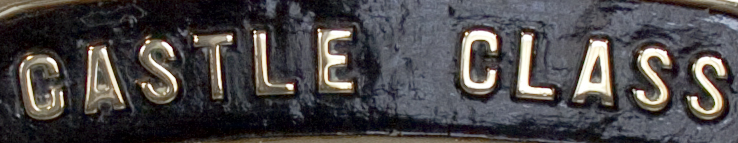
CASTLE CLASS